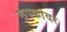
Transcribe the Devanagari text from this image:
रूपकांवर